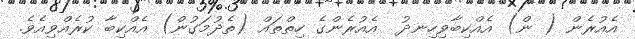
އެއުރެން ( ން) އެއްކިބާވިހިނދު  އެއުރެންގެ ހިތްތައް (ތެދުމަގުން) އެއްކިބާ ކުރެއްވިއެވެ.